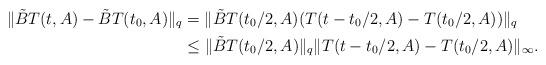
LaTeX: \begin{align*}\|\tilde{B}T(t,A)-\tilde{B}T(t_{0},A)\|_{q}&=\|\tilde{B}T(t_{0}/2,A)(T(t-t_{0}/2,A)-T(t_{0}/2,A))\|_{q} \\ & \leq\|\tilde{B}T(t_{0}/2,A)\|_{q}\|T(t-t_{0}/2,A)-T(t_{0}/2,A)\|_{\infty}.\end{align*}